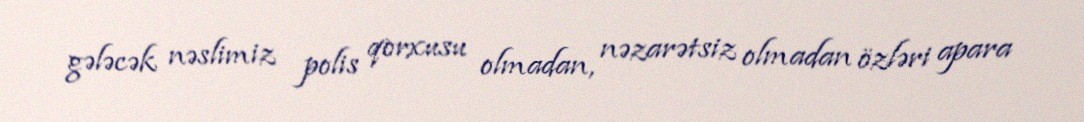
gələcək nəslimiz polis qorxusu olmadan, nəzarətsiz olmadan özləri apara